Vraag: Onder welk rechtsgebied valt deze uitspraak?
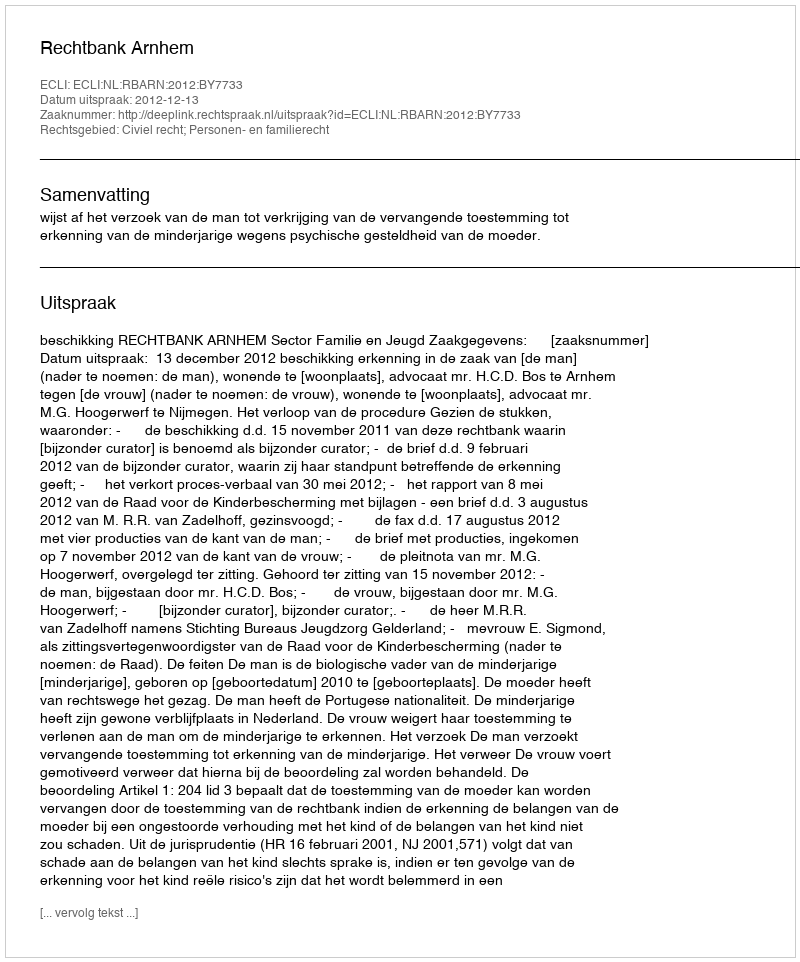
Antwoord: Civiel recht; Personen- en familierecht